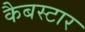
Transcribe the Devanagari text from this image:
कैबस्टार